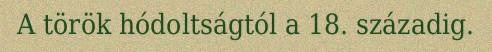
A török hódoltságtól a 18. századig.